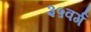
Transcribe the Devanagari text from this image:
३५वर्ग